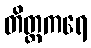
တိတ္ထကရေ